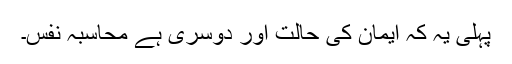
پہلی یہ کہ ایمان کی حالت اور دوسری ہے محاسبۂ نفس۔